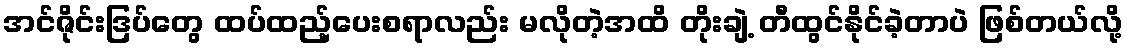
အင်ဇိုင်းဒြပ်တွေ ထပ်ထည့်ပေးစရာလည်း မလိုတဲ့အထိ တိုးချဲ့ တီထွင်နိုင်ခဲ့တာပဲ ဖြစ်တယ်လို့